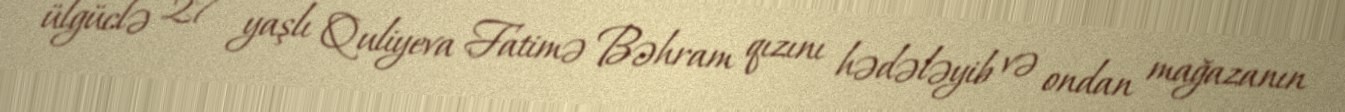
ülgüclə 27 yaşlı Quliyeva Fatimə Bəhram qızını hədələyib və ondan mağazanın